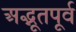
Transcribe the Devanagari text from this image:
अद्भूतपूर्व